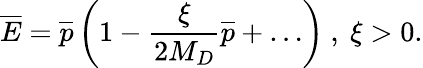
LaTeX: {\overline{{E}}}={\overline{{p}}}\left(1-\frac{\xi}{2M_{D}}{\overline{{p}}}+\dots\right)~,~\xi>0.